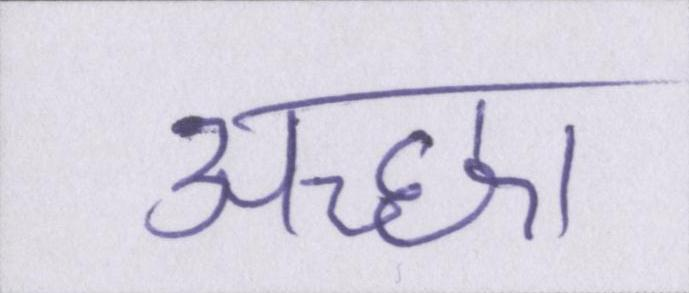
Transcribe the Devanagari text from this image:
अच्छा